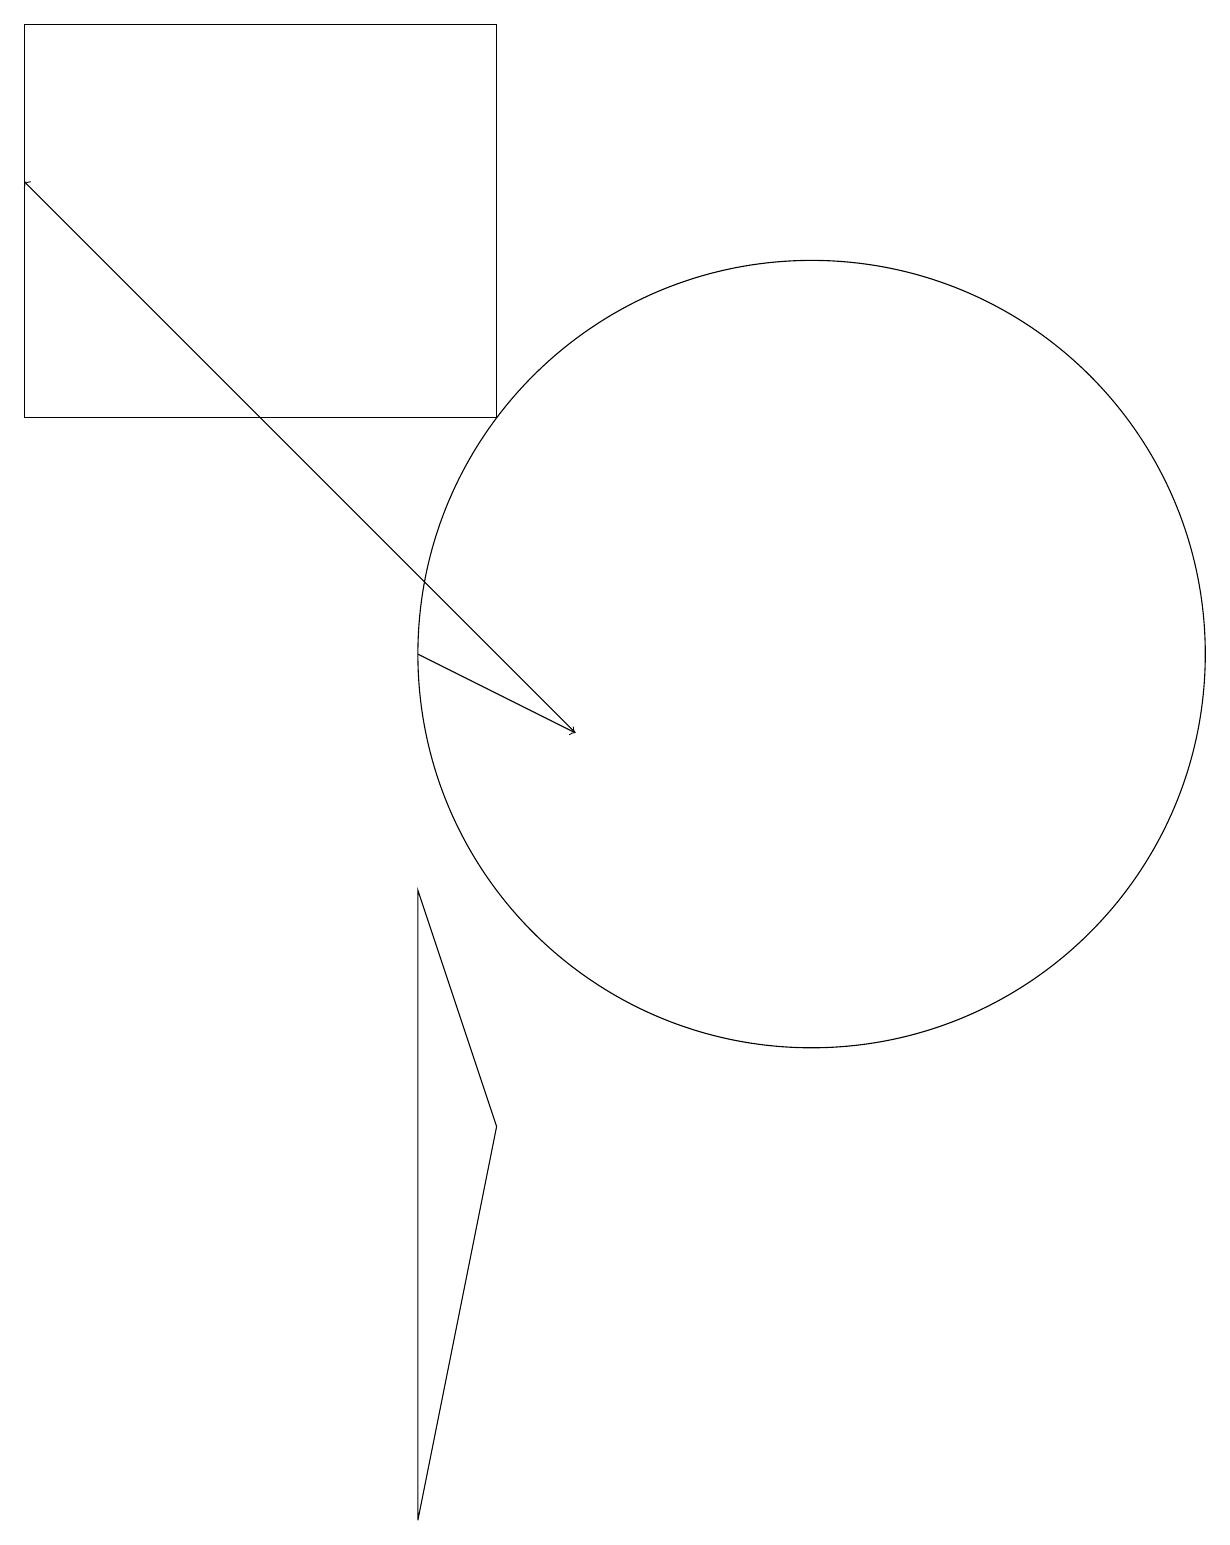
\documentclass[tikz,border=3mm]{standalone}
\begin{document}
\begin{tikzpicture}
\draw[->] (6,11) -- (8,10);
\draw (11,11) circle (5);
\draw (7,5) -- (6,0) -- (6,8) -- cycle;
\draw (7,14) rectangle (1,19);
\draw (11,10) circle (0);
\draw (10,10) circle (0);
\draw[->] (8,10) -- (1,17);
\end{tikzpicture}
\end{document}